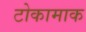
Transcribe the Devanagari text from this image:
टोकामाक